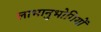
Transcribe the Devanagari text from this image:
लाभानुभोगियों